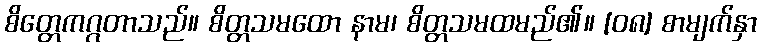
စိတ္တေကဂ္ဂတာသည်။ စိတ္တသမထော နာမ၊ စိတ္တသမထမည်၏။ [၀၈] စာမျက်နှာ